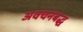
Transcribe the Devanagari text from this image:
अवचनबद्ध